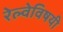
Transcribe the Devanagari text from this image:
रेल्वेविषयी